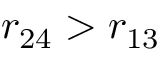
r _ { 2 4 } > r _ { 1 3 }